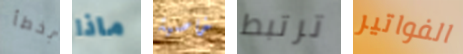
بخطأ ماذا خاصية ترتبط الفواتير